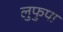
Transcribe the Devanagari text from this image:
लुफुपा